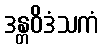
ဒန္တဝိဒံသကံ